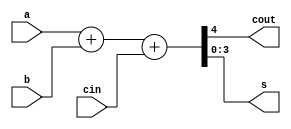
`timescale 1ps / 1ps
//////////////////////////////////////////////////////////////////////////////////
// Company: 
// 
// Design Name: 
// Module Name: adder
// Project Name: 
// Target Devices: 
// Tool Versions: 
// Description: 
// 
// Dependencies: 
// 
// Revision:
// Revision 0.01 - File Created
// Additional Comments:
// 
//////////////////////////////////////////////////////////////////////////////////

module adder(
    input [3:0] a,
    input [3:0] b,
    input cin,
    output cout,
    output [3:0] s
);
    assign {cout, s} = a + b + cin;
endmodule